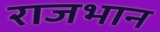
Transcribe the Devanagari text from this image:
राजभान